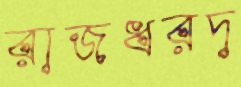
রাজধরদ